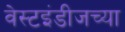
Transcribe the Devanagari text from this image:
वेस्टइंडीजच्या